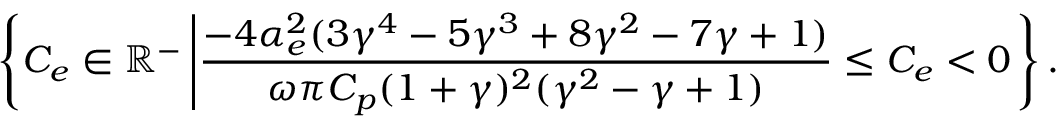
\left\{ C _ { e } \in \mathbb { R } ^ { - } \left| \frac { - 4 \alpha _ { e } ^ { 2 } ( 3 \gamma ^ { 4 } - 5 \gamma ^ { 3 } + 8 \gamma ^ { 2 } - 7 \gamma + 1 ) } { \omega \pi C _ { p } ( 1 + \gamma ) ^ { 2 } ( \gamma ^ { 2 } - \gamma + 1 ) } \le C _ { e } < 0 \right. \right\} .